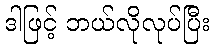
ဒါဖြင့် ဘယ်လိုလုပ်ပြီး